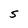
Character: S